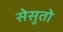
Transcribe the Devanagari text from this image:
सेसुतो